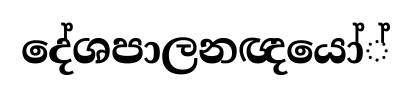
දේශපාලනඥයෝ්